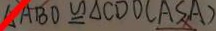
\Delta A B O \cong \Delta C D O ( A S A )